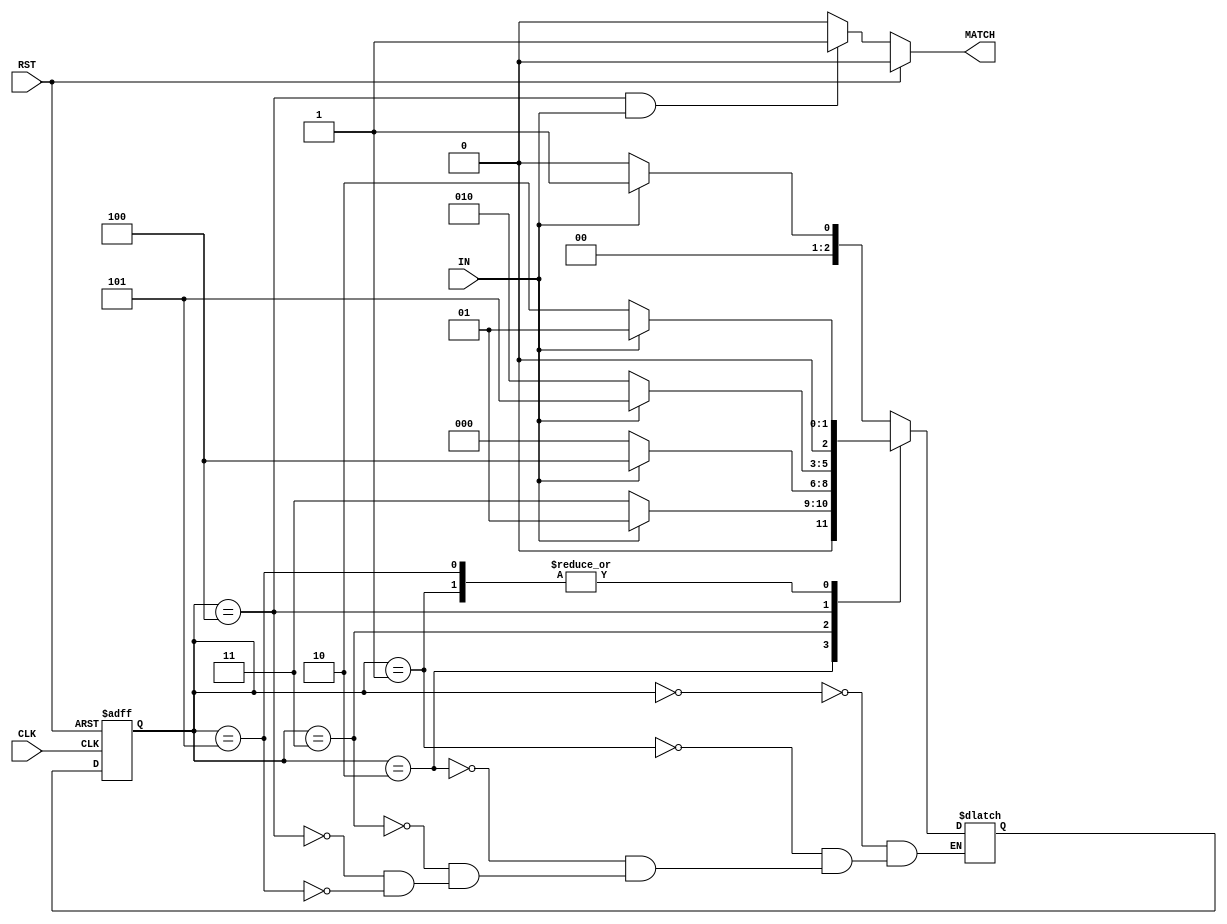
module verified_fsm(IN,MATCH,CLK,RST);
input IN,CLK,RST;
output reg MATCH;

reg [2:0] ST_cr,ST_nt;

parameter s0 = 3'b000;
parameter s1 = 3'b001;
parameter s2 = 3'b010;
parameter s3 = 3'b011;
parameter s4 = 3'b100;
parameter s5 = 3'b101;

always@(posedge CLK or posedge RST) begin
	if(RST)
		ST_cr <= s0;
	else
		ST_cr <= ST_nt;
end

always@(*) begin
	case(ST_cr)
		s0:begin
			if (IN==0)
				ST_nt = s0;
			else
				ST_nt = s1;
		end
		
		s1:begin
                        if (IN==0)
                                ST_nt = s2;
                        else
                                ST_nt = s1;
                end

                s2:begin
                        if (IN==0)
                                ST_nt = s3;
                        else
                                ST_nt = s1;
                end

                s3:begin
                        if (IN==0)
                                ST_nt = s0;
                        else
                                ST_nt = s4;
                end

                s4:begin
                        if (IN==0)
                                ST_nt = s2;
                        else
                                ST_nt = s5;
                end

                s5:begin
                        if (IN==0)
                                ST_nt = s2;
                        else
                                ST_nt = s1;
                end

	endcase
end

always@(*) begin
        if(RST)
                MATCH  <= 0;
        else if (ST_cr == s4 && IN == 1)
                MATCH  <= 1;
	else 
		MATCH  <= 0;
end

endmodule